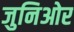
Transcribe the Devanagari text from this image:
जुनिओर